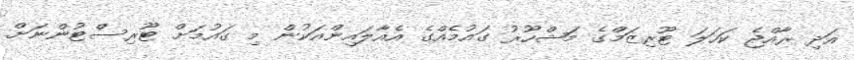
އަދި ރާއްޖެ ކަހަލަ ޓޫރިޒަމްގެ މަޝްހޫރު ގައުމެއްގެ އެއާލައިންއަކުން މި ގައުމަށް ޓޫރިސްޓުންނަށް